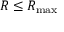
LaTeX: R \leq R _ { \operatorname* { m a x } }